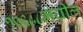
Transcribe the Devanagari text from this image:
१९९८८मधील